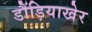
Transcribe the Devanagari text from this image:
डौंड़ियाखेर